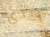
بيدي